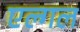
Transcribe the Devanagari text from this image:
एल्गल